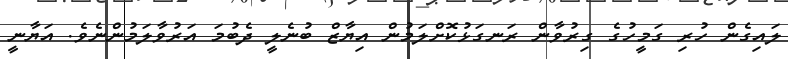
ލައިގެން ހުރި ގަމީހުގެ ގިރުވާން ރަނގަޅުކޮށްލަމުން އިޔާޒް ބުނެލީ ދެބުމަ އަރުވާލަމުންނެވެ. އަޔާނީ